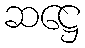
ဆဋ္ဌေ